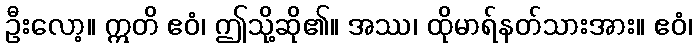
ဦးလော့။ ဣတိ ဧဝံ၊ ဤသို့ဆို၏။ အဿ၊ ထိုမာရ်နတ်သားအား။ ဧဝံ၊